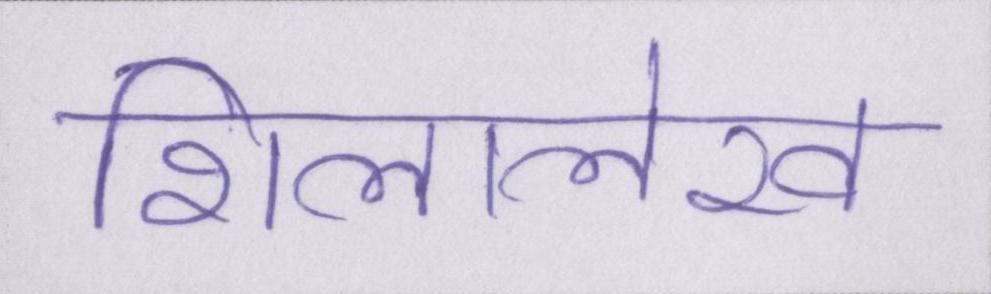
शिलालेख